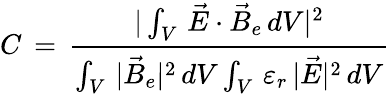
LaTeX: C\, =\, \frac{|\int_{V}\, \vec{E}\cdot\vec{B}_{e}\, dV|^{2}}{\int_{V}\, |\vec{B}_{e}|^{2}\, dV\int_{V}\, \varepsilon_{r}\, |\vec{E}|^{2}\, dV}